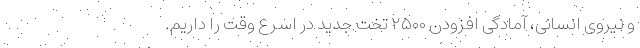
و نیروی انسانی، آمادگی افزودن ۲۵۰۰ تخت جدید در اسرع وقت را داریم.